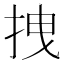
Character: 拽